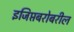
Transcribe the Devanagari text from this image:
इजिप्तबरोबरील